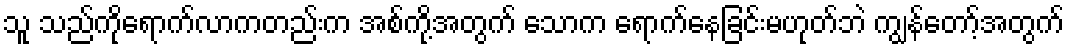
သူ သည်ကိုရောက်လာကတည်းက အစ်ကို့အတွက် သောက ရောက်နေခြင်းမဟုတ်ဘဲ ကျွန်တော့်အတွက်